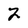
Character: 2